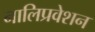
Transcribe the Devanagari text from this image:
नालिप्रवेशन